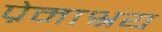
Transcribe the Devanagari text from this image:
प्रेमाश्रय